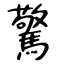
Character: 驚